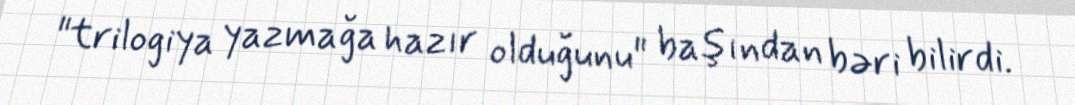
"trilogiya yazmağa hazır olduğunu" başından bəri bilirdi.